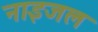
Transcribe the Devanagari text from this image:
नाइजल